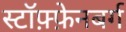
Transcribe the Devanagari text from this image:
स्टॉफ़्फ़ेनबर्ग